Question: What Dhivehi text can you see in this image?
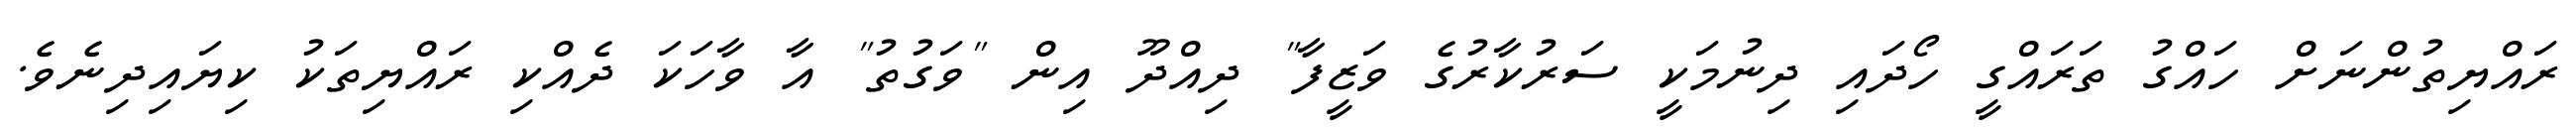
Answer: ރައްޔިތުންނަށް ހައްގު ތަރައްގީ ހޯދައި ދިނުމަކީ ސަރުކާރުގެ ވަޒީފާ" ދިއްދޫ އިން "ވަގުތު" އާ ވާހަކަ ދެއްކި ރައްޔިތަކު ކިޔައިދިނެވެ.